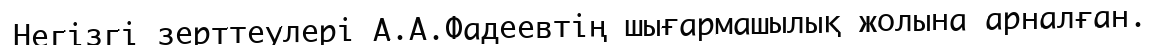
Негізгі зерттеулері А.А.Фадеевтің шығармашылық жолына арналған.